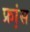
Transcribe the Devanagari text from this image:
फ्रा़ंस